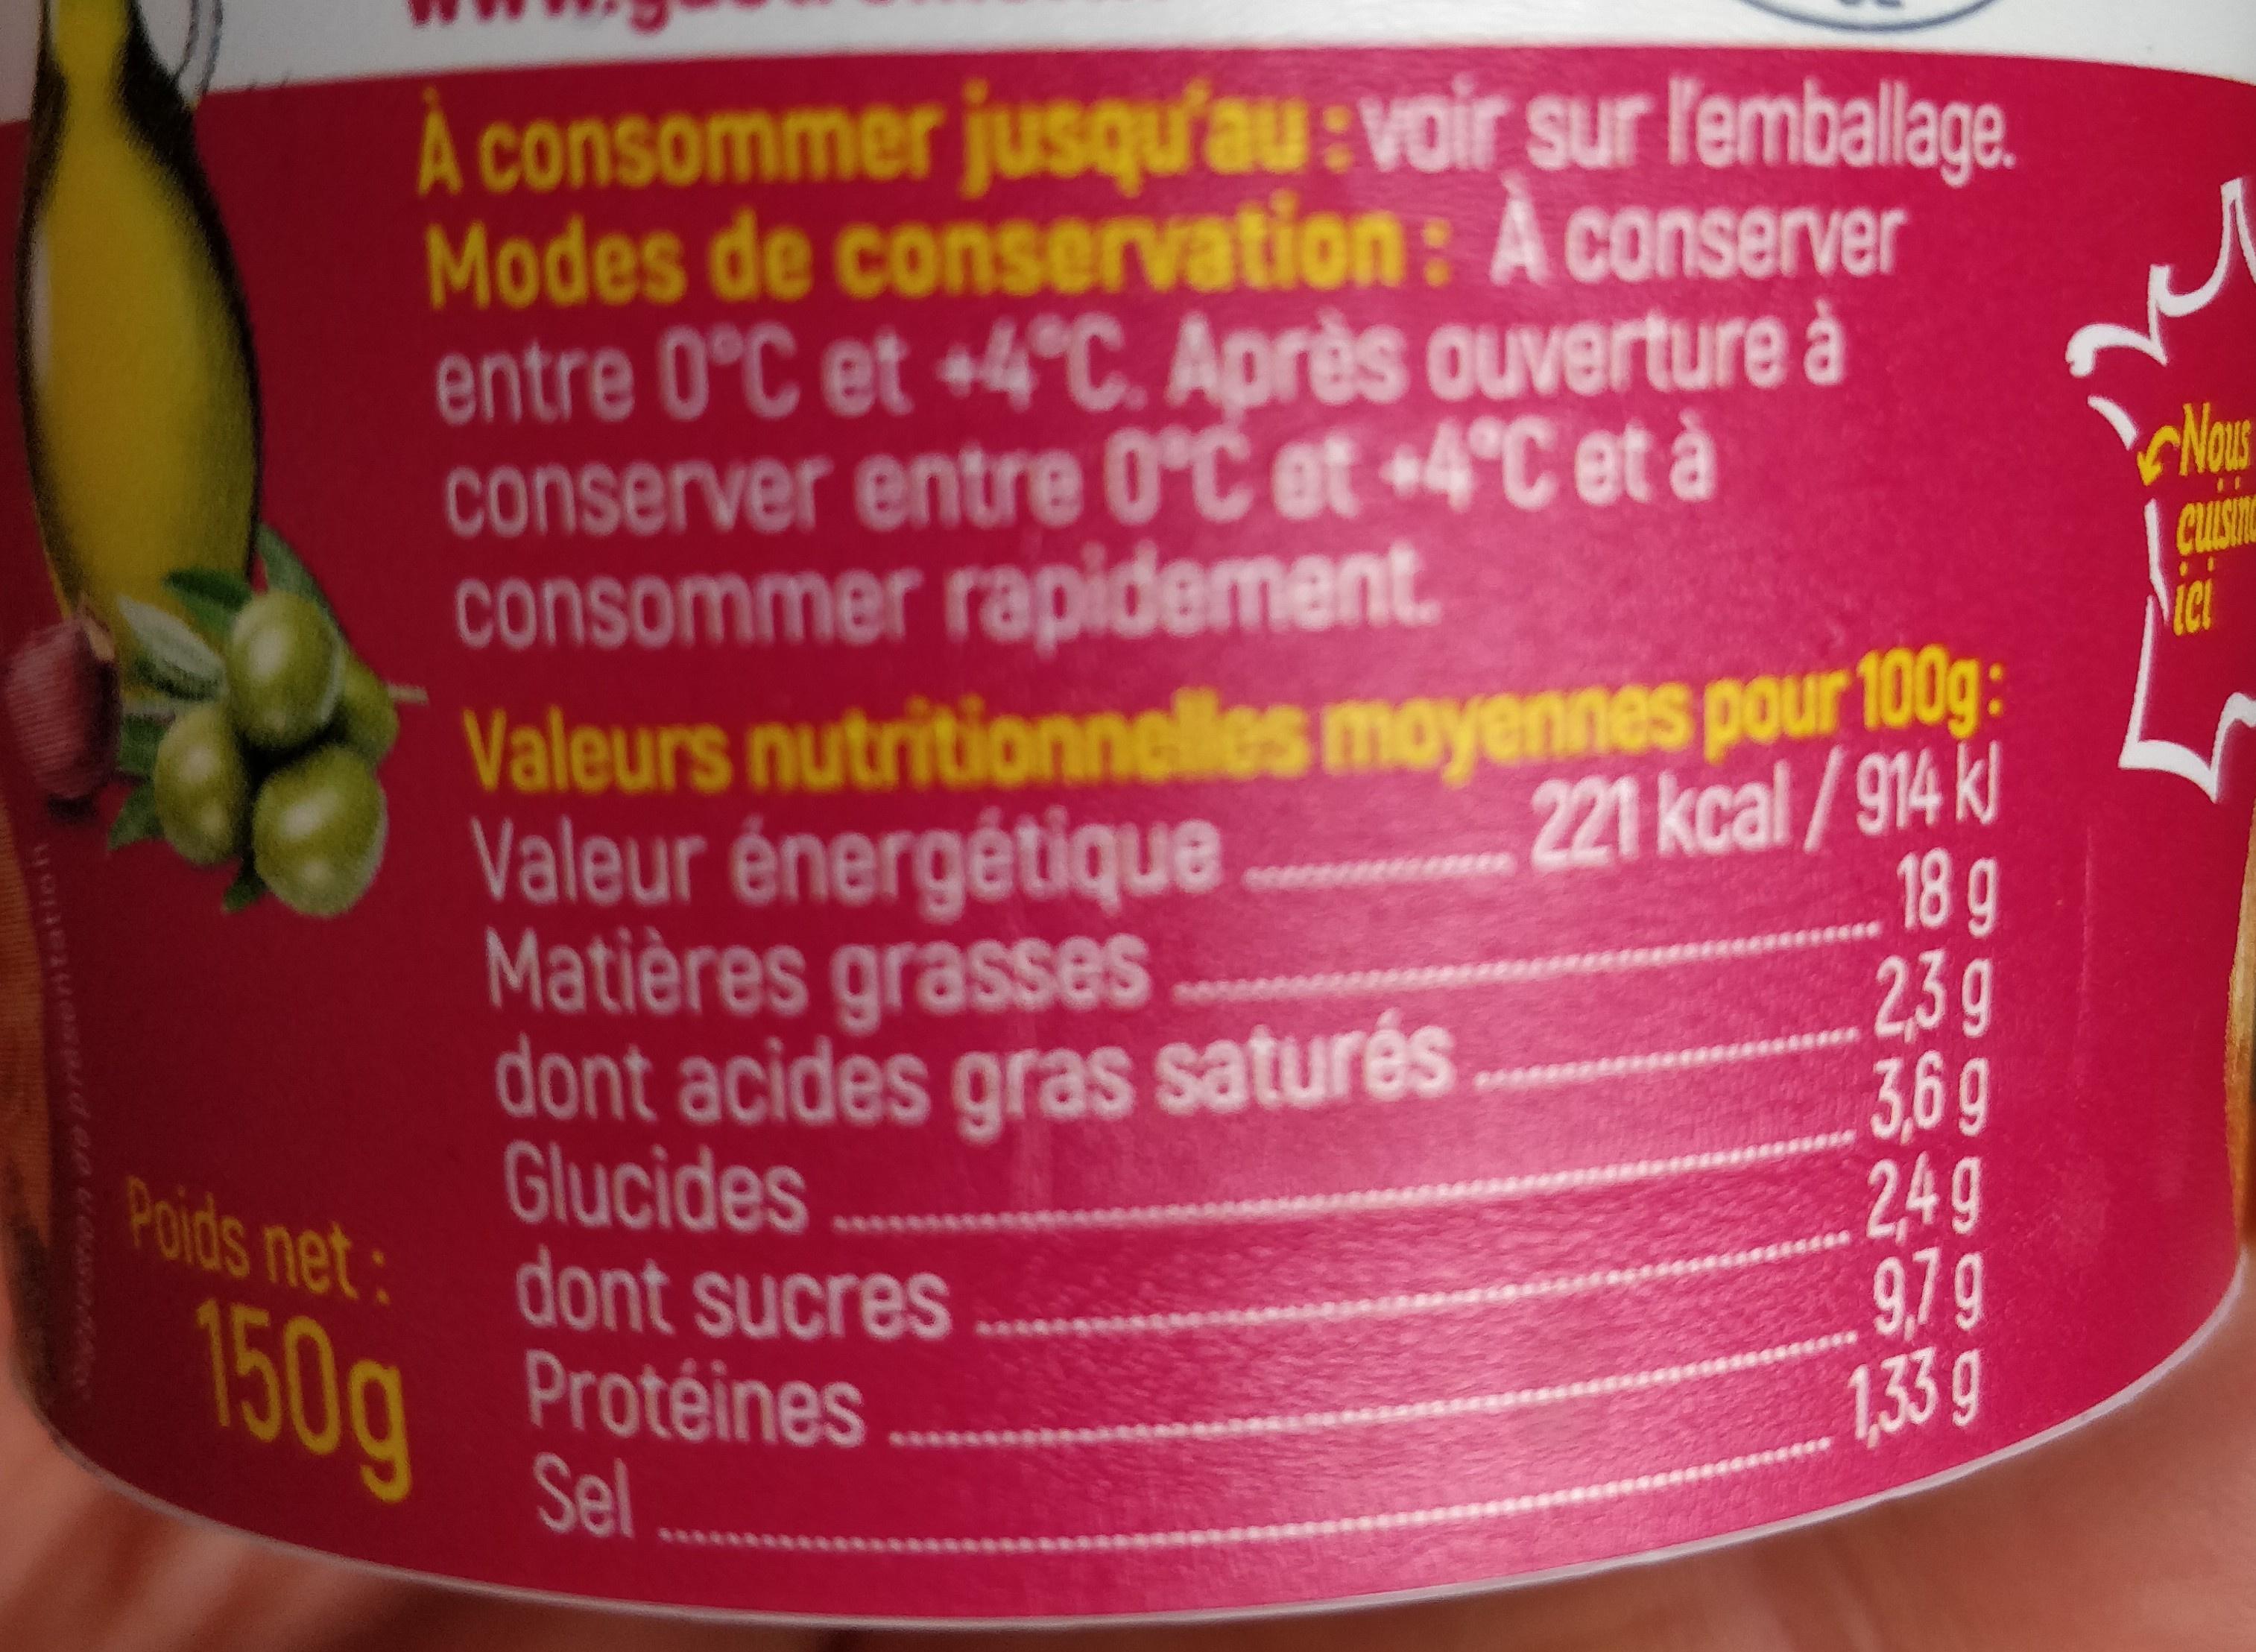
À consommer jusqu'au: voir sur l'emballage. Modes de conservation: A conserver entre 0°C et +4°C. Après ouverture à conserver entre 0°C et +4°C et à
Nous
consommer rapidement.
ICL
Valeurs nutritionnelles moyennes pour 100g: 221 kcal/914 k 18g 23g 3,69 2,49 979
Valeur énergétique Matières grasses dont acides gras saturés Glucides
Poids net: dont sucres
150g
Protéines Sel
1,33 g
****
tatioh